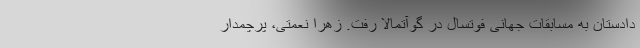
دادستان به مسابقات جهانی فوتسال در گوآتمالا رفت. زهرا نعمتی، پرچمدار